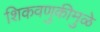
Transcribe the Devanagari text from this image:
शिकवणुकीमुळे